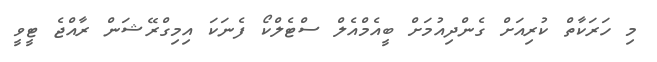
މި ހަރަކާތް ކުރިއަށް ގެންދިއުމަށް ބީއެމްއެލް ސްޓެލްކޯ ފެނަކަ އިމިގްރޭޝަން ރާއްޖެ ޓީވީ